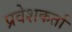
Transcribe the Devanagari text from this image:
प्रवेशकर्ता